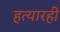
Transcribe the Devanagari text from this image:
हत्यारही